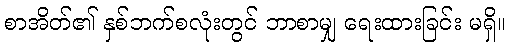
စာအိတ်၏ နှစ်ဘက်စလုံးတွင် ဘာစာမျှ ရေးထားခြင်း မရှိ။